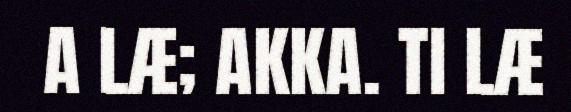
A LÆ; AKKA. TI LÆ